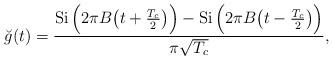
LaTeX: \begin{align*}\breve{g}(t)=\frac{\operatorname{Si}\Big(2\pi B\big(t+\frac{T_c}{2}\big)\Big)-\operatorname{Si}\Big(2\pi B\big(t-\frac{T_c}{2}\big)\Big)}{\pi\sqrt{T_c}},\end{align*}